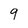
Character: 9